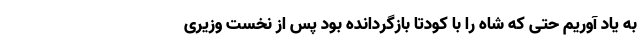
به یاد آوریم حتی که شاه را با کودتا بازگردانده بود پس از نخست وزیری